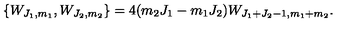
\{ W _ { J _ { 1 } , m _ { 1 } } , W _ { J _ { 2 } , m _ { 2 } } \} = 4 ( m _ { 2 } J _ { 1 } - m _ { 1 } J _ { 2 } ) W _ { J _ { 1 } + J _ { 2 } - 1 , m _ { 1 } + m _ { 2 } } .